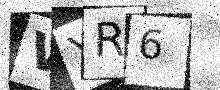
Text: VYR6